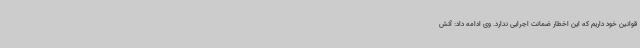
قوانین خود داریم که این اخطار ضمانت اجرایی ندارد. وی ادامه داد: آتش